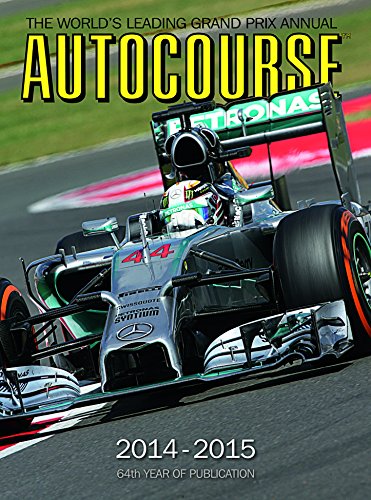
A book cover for Autocourse 2014-2015: The World's Leading Grand Prix Annual; Engineering & Transportation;